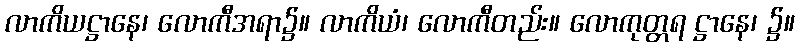
လာကိယဋ္ဌာနေ၊ လောကီအရာ၌။ လာကိယံ၊ လောကီတည်း။ လောကုတ္တရ ဋ္ဌာနေ၊ ၌။